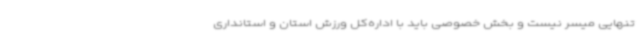
تنهایی میسر نیست و بخش خصوصی باید با اداره‌کل ورزش استان و استانداری